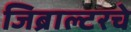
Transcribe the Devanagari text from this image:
जिब्राल्टरचे